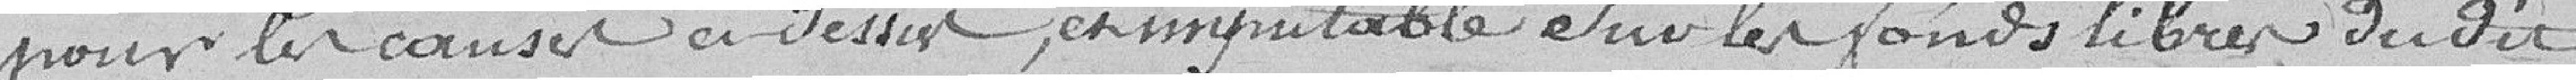
pour les causes ci-dessus, et imputables sur les fonds libres dudit